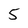
Character: 5